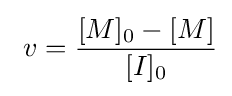
\ v={\frac {[M]_{0}-[M]}{[I]_{0}}}